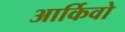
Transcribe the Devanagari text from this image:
आर्किवो